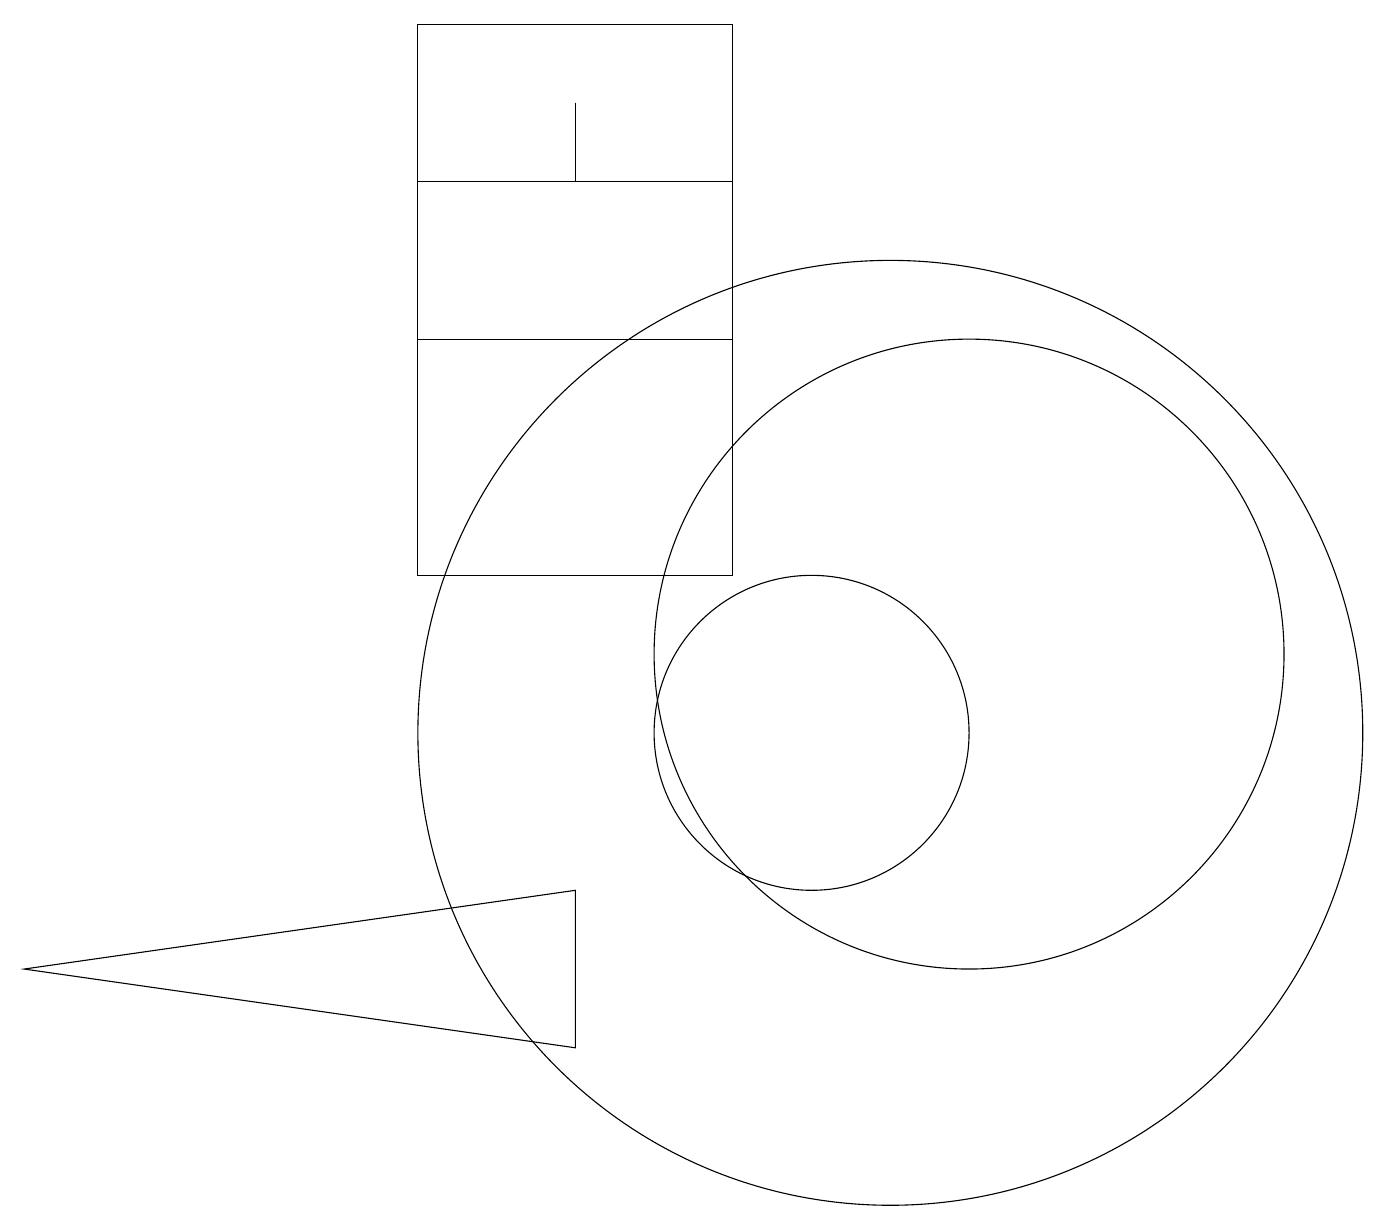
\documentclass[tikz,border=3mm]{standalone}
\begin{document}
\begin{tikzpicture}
\draw (7,17) rectangle (7,18);
\draw (5,19) rectangle (9,12);
\draw (12,11) circle (4);
\draw (9,15) rectangle (5,17);
\draw (10,10) circle (2);
\draw (11,10) circle (6);
\draw (7,6) -- (7,8) -- (0,7) -- cycle;
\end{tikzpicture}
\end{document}